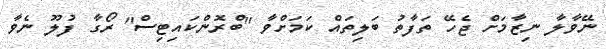
ނޭވާލާ ނިޒާމަށް ޖެހޭ ތަފާތު ބަލިތައް ކަމަށްވާ "ބްރޮންކައިޓިސް" ރޯގާ ފުލޫ ނެވާ